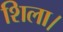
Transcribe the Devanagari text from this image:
शिला।